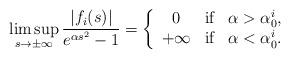
LaTeX: \begin{align*}\limsup_{s\rightarrow\pm\infty}\frac{|f_{i}(s)|}{e^{\alpha s^{2}}-1}=\left\{\begin{array}{cll}0 & \mbox{if} & \alpha>\alpha^{i}_{0},\\+\infty & \mbox{if} & \alpha<\alpha^{i}_{0}.\end{array}\right.\end{align*}